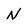
Character: N